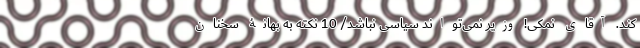
کند. آقای نمکی! وزیر نمی‌تواند سیاسی نباشد/ 10 نکته به بهانۀ سخنان